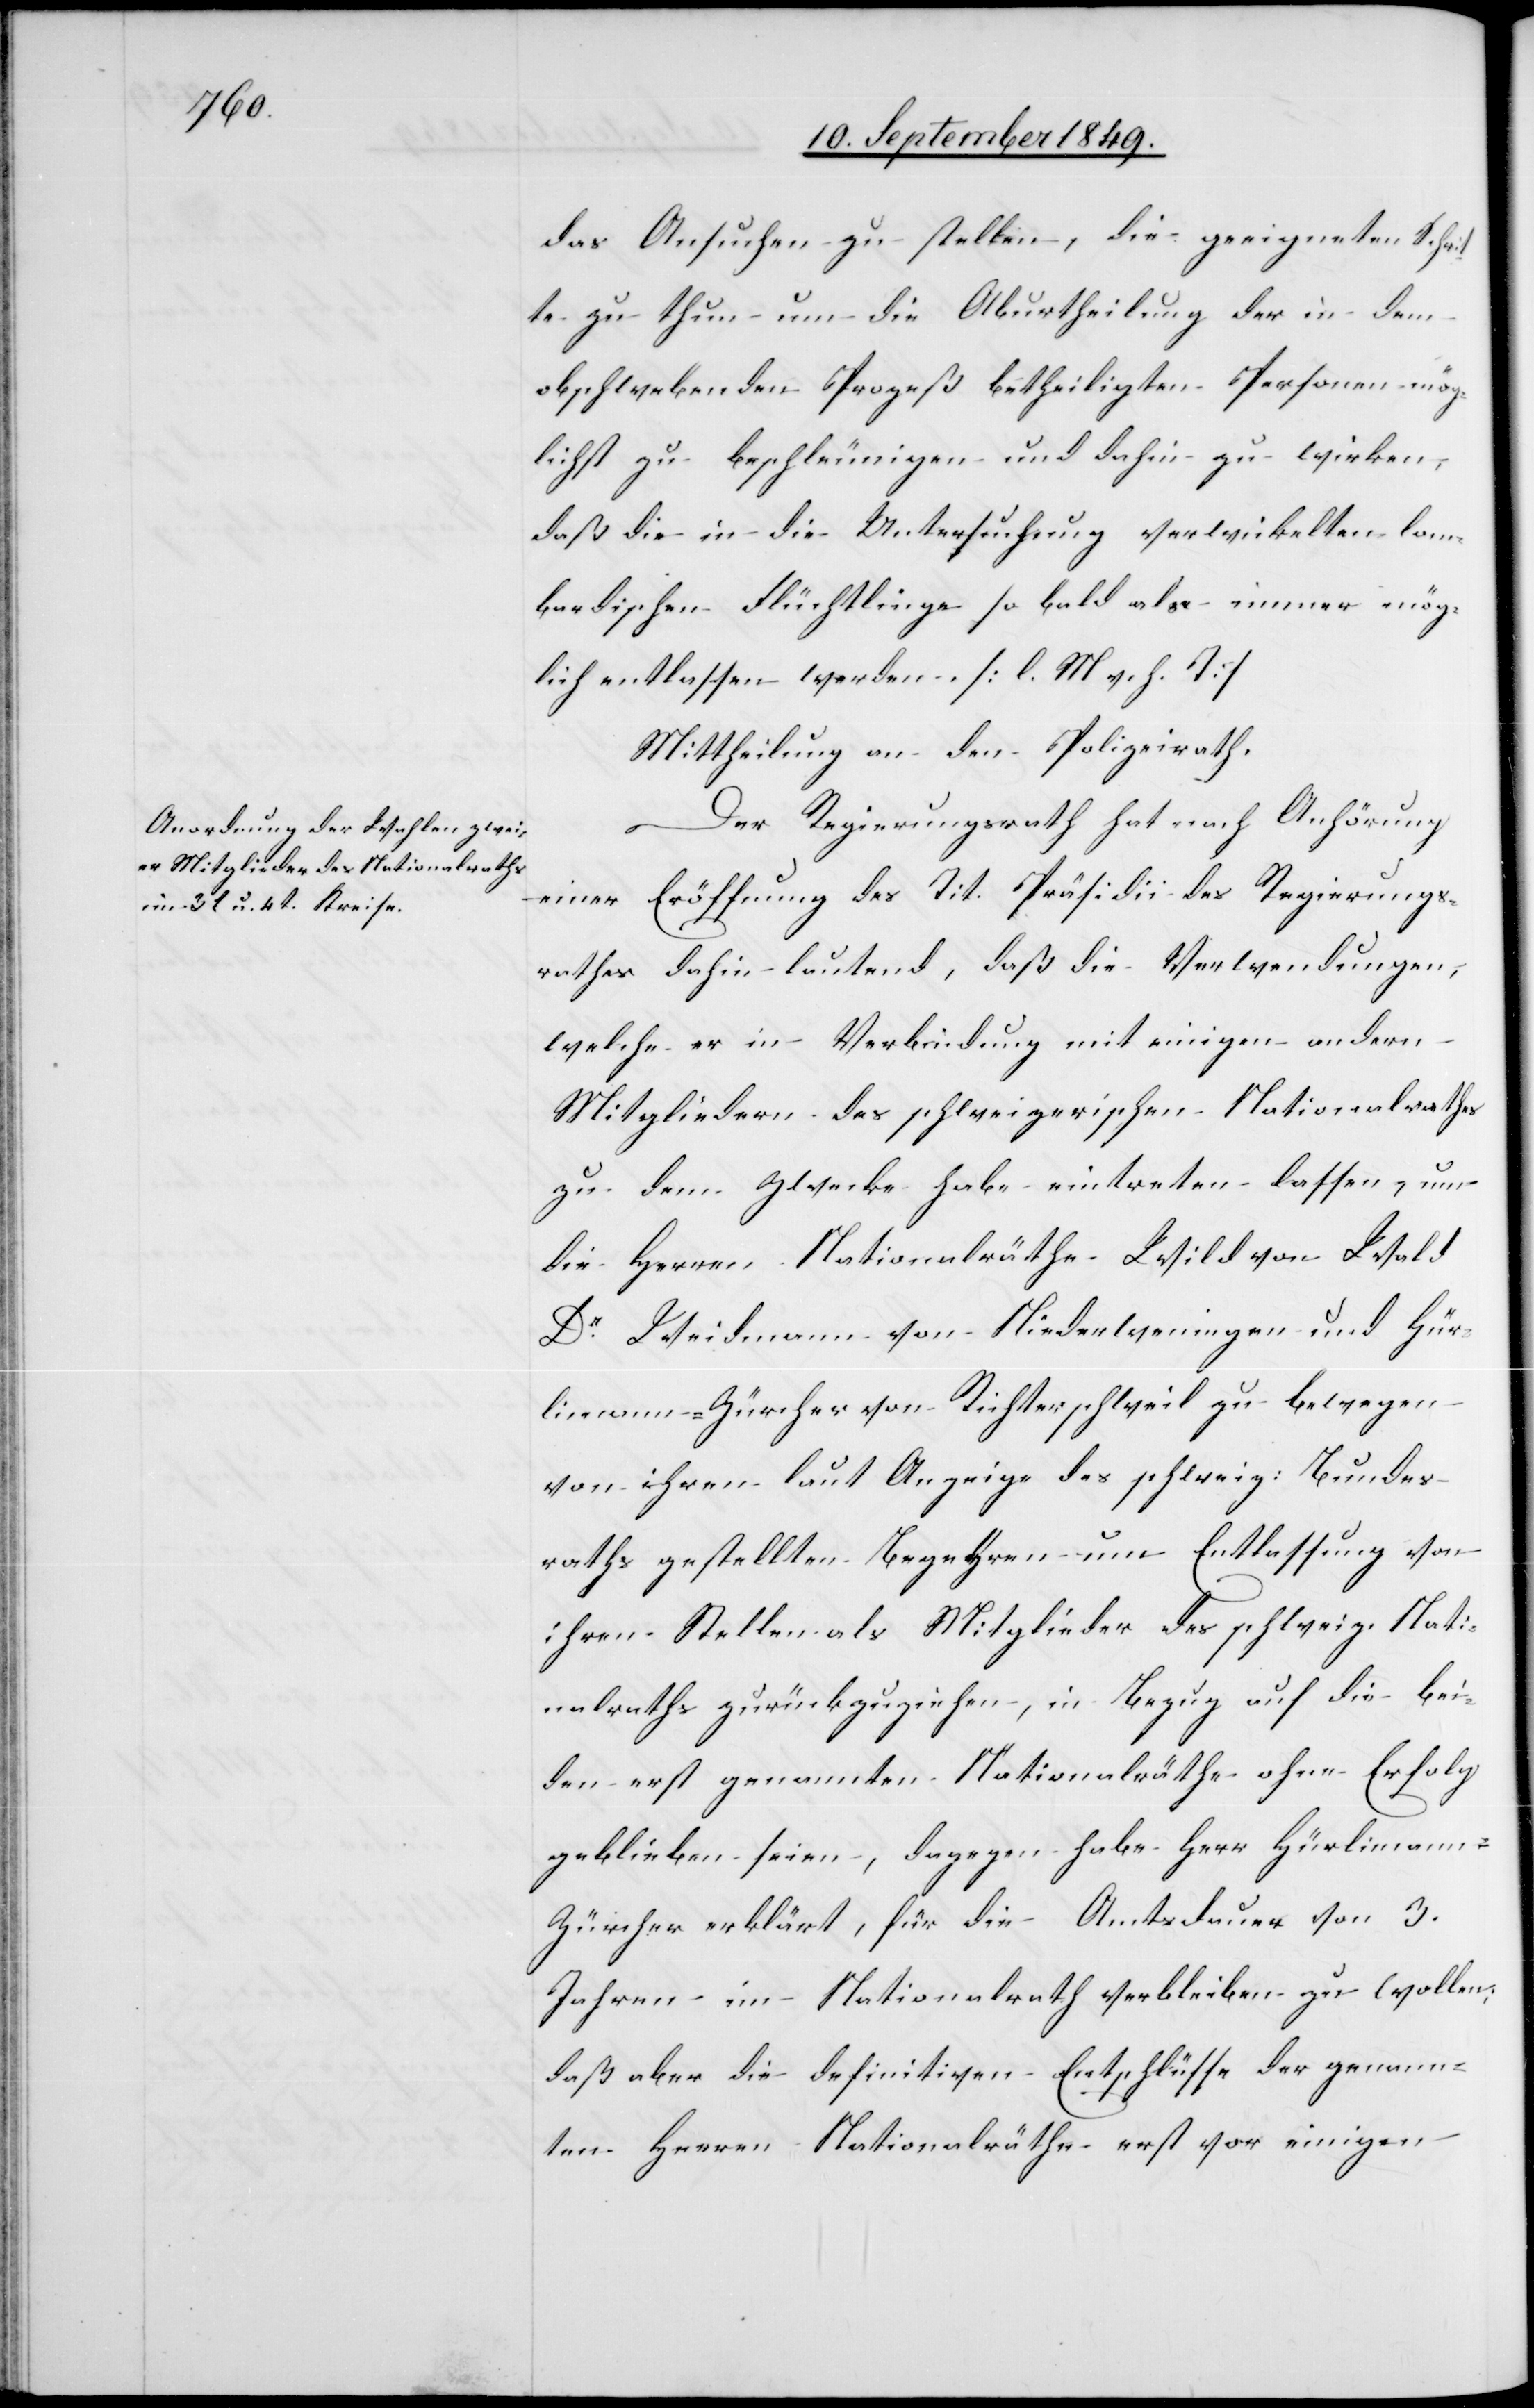
d[,]

das Ansuchen zu stellen, die geeigneten Schrit¬
te zu thun um die Aburtheilung der in dem
obschwebenden Prozeß betheiligten Personen mög¬
lichst zu beschleunigen und dahin zu wirken,
daß die in die Untersuchung verwickelten lom¬
bardischen Flüchtlinge so bald als immer mög¬
lich entlassen werden. [l. M. v. h. T]
Mittheilung an den Polizeirath.
Der Regierungsrath hat nach Anhörung
einer Eröffnung des Tit. Präsidii des Regierungs¬
rathes dahin lautend, daß die Verwendungen,
welche er in Verbindung mit einigen andern
Mitgliedern des schweizerischen Nationalrathes
zu dem Zwecke habe eintreten lassen, um
die Herren Nationalräthe Wild von Wal¬
Dr Weidmann von Niederweningen und Hür¬
limann-Zürcher von Richterschweil zu bewegen
von ihrem laut Anzeige des schweiz: Bundes¬
raths gestellten Begehren um Entlassung von
ihren Stellen als Mitglieder des schweiz. Natio¬
nalraths zurückzuziehen, in Bezug auf die bei¬
den erst genannten Nationalräthe ohne Erfolg
geblieben seien, dagegen habe Herr Hürliman¬
n-Zürcher erklärt, für die Amtsdauer von 3.
Jahren im Nationalrath verbleiben zu wollen,
daß aber die definitiven Entschlüsse der genann¬
ten Herren Nationalräthe erst vor einigen